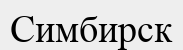
Симбирск